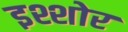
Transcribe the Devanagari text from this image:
इश्शोर